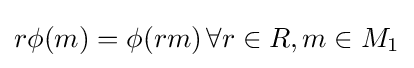
r\phi (m)=\phi (rm)\,\forall r\in R,m\in M_{1}